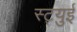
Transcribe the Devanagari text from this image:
स्ट्युई